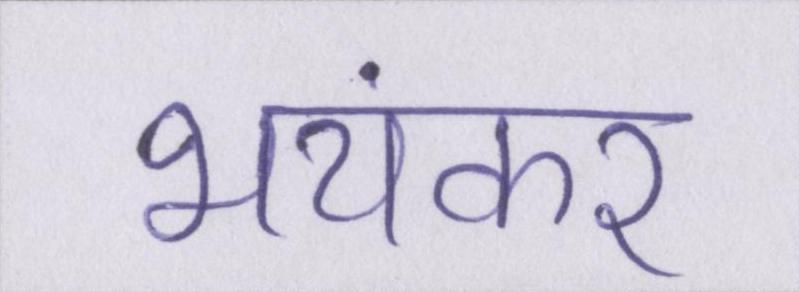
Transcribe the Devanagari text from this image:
भयंकर